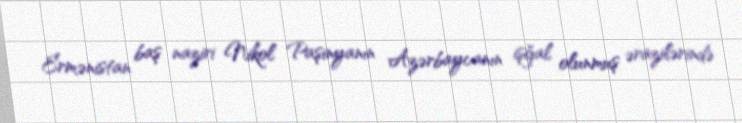
Ermənistan baş naziri Nikol Paşinyanın Azərbaycanın işğal olunmuş ərazilərində